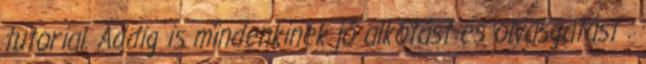
tutorial. Addig is mindenkinek jó alkotást és olvasgatást :